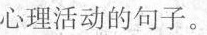
心理活动的句子。